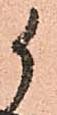
候